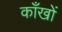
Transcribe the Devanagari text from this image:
काँखों